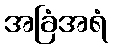
အခြံအရံ